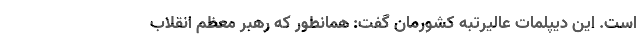
است. این دیپلمات عالیرتبه کشورمان گفت: همانطور که رهبر معظم انقلاب